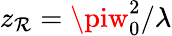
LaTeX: z_{\mathcal{R}}=\piw_{0}^{2}/\lambda